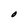
Character: O